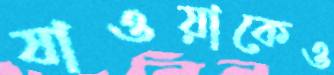
যাওয়াকেও